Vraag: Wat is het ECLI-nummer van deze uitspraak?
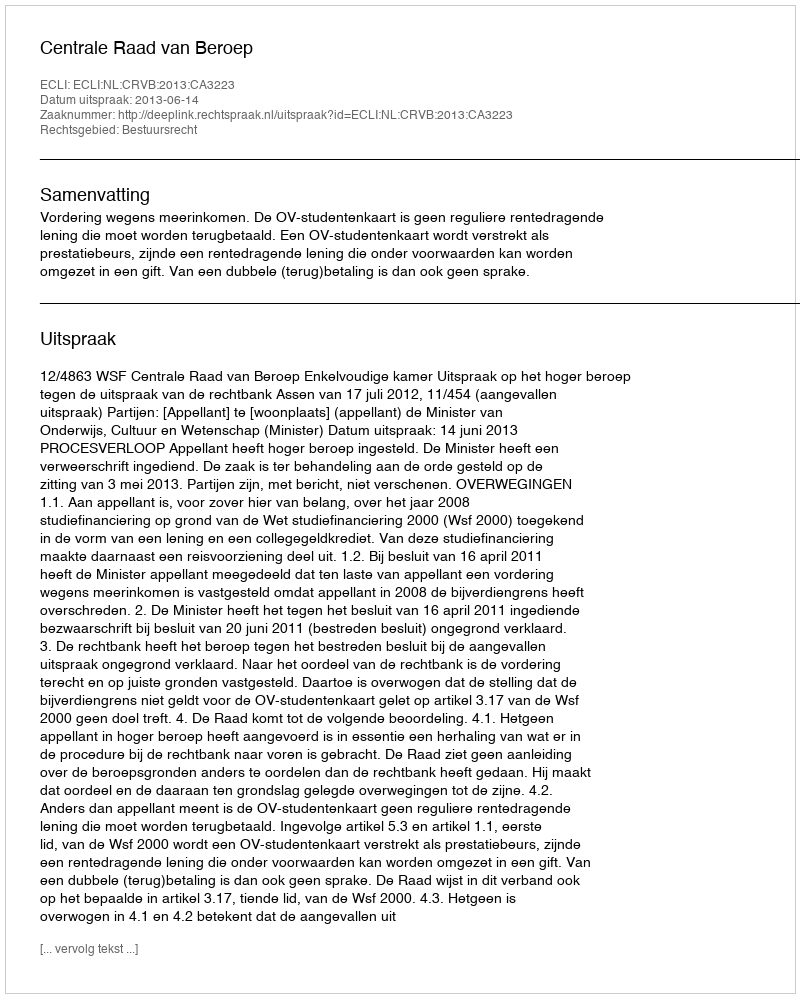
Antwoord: ECLI:NL:CRVB:2013:CA3223